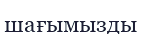
шағымызды